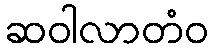
ဆဝါလာတံဝ